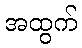
အထွက်